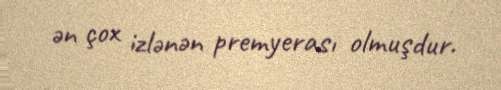
ən çox izlənən premyerası olmuşdur.